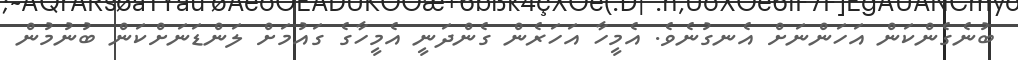
ބުނެގެންކަން އަހަންނަށް އެނގުނެވެ. އެމީހާ އަހަރެން ގެންދަނީ އެމީހާގެ ގައުމަށް ލަންޑަނަށްކަން ބުނުމުން